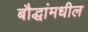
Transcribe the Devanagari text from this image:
बौद्धांमधील